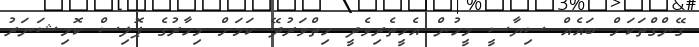
ގޭންގްތަކަށް ބައެއް ސިޔާސީ މީހުން އެހީތެރިވެދީ ހިތްވަރުދޭ ކަމަށް މިހާރުގެ ޕޮލިސް ކޮމިޝަނަރު